Report on plague and inoculation in the Punjab from October 1st ... to September 30th..., being the ... season of plague in the province
Disease focus: Plague
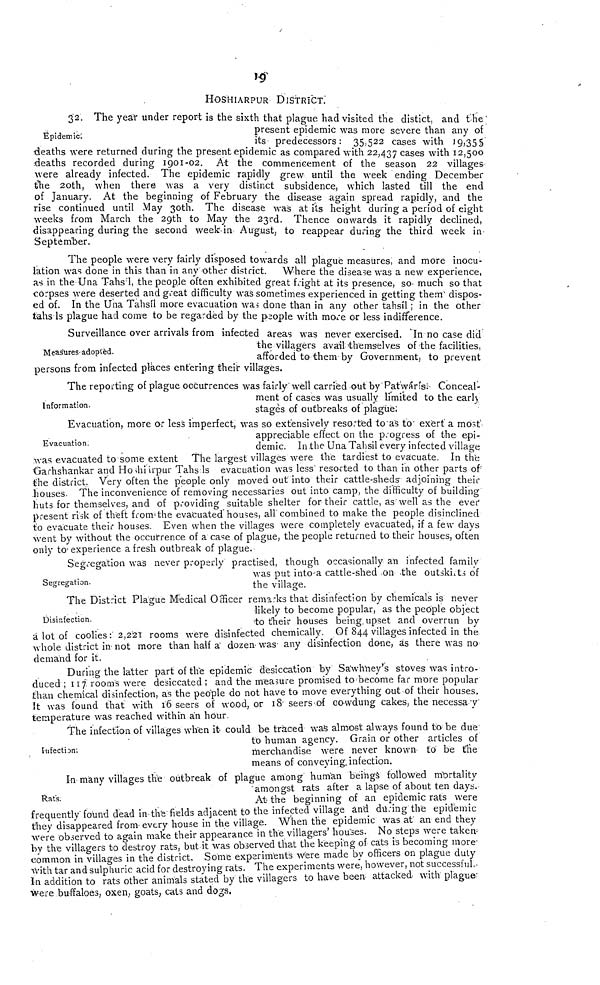
19
HOSHIARPUR DISTRICT.
Epidemic:
32. The year under report is the sixth that plague had visited the distict, and the
present epidemic was more severe than any of
its predecessors: 35,522 cases with 19,355
deaths were returned during the present epidemic as compared with 22,437 cases with 12,500
deaths recorded during 1901- 02. At the commencement of the season 22 villages
were already infected. The epidemic rapidly grew until the week ending December
the 20th, when there was a very distinct subsidence, which lasted till the end
of January. At the beginning of February the disease again spread rapidly, and the
rise continued until May 30th. The disease was at its height during a period of eight
weeks from March the 29th to May the 23rd. Thence onwards it rapidly declined,
disappearing during the second week in August; to reappear during the third week in-
September.
The people were very fairly disposed towards all plague measures and more inocu-
lation was done in this than in any other district. Where the disease was a new experience,
as in the Una Tahsíl, the people often exhibited great fright at its presence, so- much so that
corpses were deserted and great difficulty was sometimes experienced in getting them dispos-
ed of. In the Una Tahsíl more evacuation was done than in any other tahsíl; in the other
tahsíls plague had come to be regarded by the people with more or less indifference.
Measures adopted.
Surveillance over arrivals from infected areas was never exercised. In no case did
the villagers avail themselves of the facilities,
afforded to them by Government, to prevent
persons from infected places entering their villages.
Information.
The reporting of plague occurrences was fairly well carried out by Patwár's:- Conceal-
ment of cases was usually limited to the earl}
stages of outbreaks of plague:
Evacuation.
Evacuation, more or less imperfect, was so extensively resorted to as to exert a most
appreciable effect on the progress of the epi-
demic. In the Una Tahsil every infected village
was evacuated to some extent The largest villages were the tardiest to evacuate. In the
Garhshankar and Hoshiarpur Tahs Is evacuation was less resorted to than in other parts of
the district. Very often the people only moved out into their cattle-sheds adjoining their
houses. The inconvenience of removing necessaries out into camp, the difficulty of building
huts for themselves, and of providing suitable shelter for their cattle, as well as the ever
present risk of theft from the evacuated houses, all combined to make the people disinclined
to evacuate their houses. Even when the villages were completely evacuated, if a few days
went by without the occurrence of a case of plague, the people returned to their houses, often
only to experience a fresh outbreak of plague.
Segregation.
Segregation was never properly practised, though occasionally an infected family
was put into a cattle-shed on the outskirts of
the village.
Disinfection.
The District Plague Medical Officer remarks that disinfection by chemicals is never
likely to become popular, as the people object
to their houses being, upset and overrun by
a lot of coolies: 2,221 rooms were disinfected chemically. Of 844 villages infected in the
whole district in not more than half a dozen was any disinfection done, as there was no
demand for it.
During the latter part of the epidemic desiccation by Sawhney's stoves was intro-
duced ; 117 rooms were desiccated ; and the measure promised to become far more popular
than chemical disinfection, as the people do not have to move everything out of their houses,
it was found that with 16 seers of wood, or 18 seers of cowdung cakes, the necessay
temperature was reached within an hour.
Infection;
The infection of villages when it- could be traced was almost always found to be due
to human agency. Grain or other articles of
merchandise were never known to be the
means of conveying infection.
Rats.
In many villages the outbreak of plague among human beings followed mortality
amongst rats after a lapse of about ten days.
At the beginning of an epidemic rats were
frequently found dead in the fields adjacent to the infected village and during the epidemic
they disappeared from every house in the village. When the epidemic was at an end they
were observed to again make their appearance in the villagers' houses. No steps were taken,
by the villagers to destroy rats, but it was observed that the keeping of cats is becoming more-
common in villages in the district. Some experiments were made by officers on plague duty
with tar and sulphuric acid for destroying rats. The experiments were, however, not successful.
In addition to rats other animals stated by the villagers to have been attacked with plague
were buffaloes, oxen, goats, cats and dags.